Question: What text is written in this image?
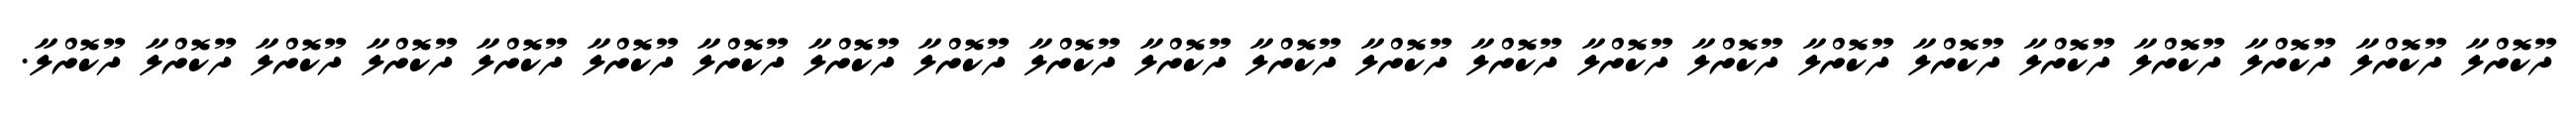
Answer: ދޫކޮށްލާ ދޫކޮށްލާ ދޫކޮށްލާ ދޫކޮށްލާ ދޫކޮށްލާ ދޫކޮށްލާ ދޫކޮށްލާ ދޫކޮށްލާ ދޫކޮށްލާ ދޫކޮށްލާ ދޫކޮށްލާ ދޫކޮށްލާ ދޫކޮށްލާ ދޫކޮށްލާ ދޫކޮށްލާ ދޫކޮށްލާ ދޫކޮށްލާ ދޫކޮށްލާ ދޫކޮށްލާ ދޫކޮށްލާ ދޫކޮށްލާ ދޫކޮށްލާ ދޫކޮށްލާ.